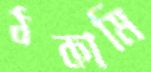
ঠকামি